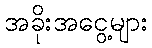
အခိုးအငွေ့များ